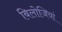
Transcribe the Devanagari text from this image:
बिलोजियां